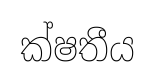
ක්ෂතීය